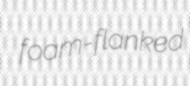
foam-flanked